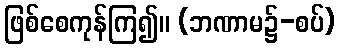
ဖြစ်စေကုန်ကြ၍။ (ဘဏာမ၌-စပ်)